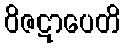
ဝိဇဋာပေတိ